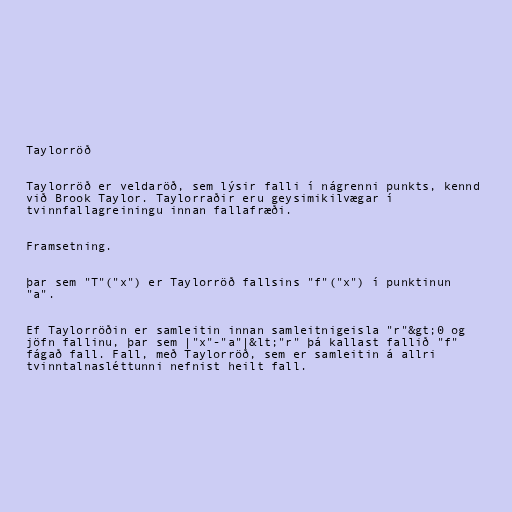
Taylorröð

Taylorröð er veldaröð, sem lýsir falli í nágrenni punkts, kennd
við Brook Taylor. Taylorraðir eru geysimikilvægar í
tvinnfallagreiningu innan fallafræði.

Framsetning.

þar sem "T"("x") er Taylorröð fallsins "f"("x") í punktinun
"a".

Ef Taylorröðin er samleitin innan samleitnigeisla "r"&gt;0 og
jöfn fallinu, þar sem |"x"-"a"|&lt;"r" þá kallast fallið "f"
fágað fall. Fall, með Taylorröð, sem er samleitin á allri
tvinntalnasléttunni nefnist heilt fall.